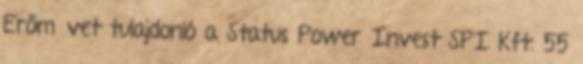
Erőművet tulajdonló a Status Power Invest SPI Kft. 55